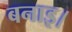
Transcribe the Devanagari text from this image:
बनाइ।